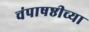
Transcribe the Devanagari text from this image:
चंपाषष्ठीच्या